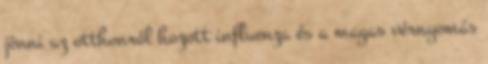
jönni az otthonról hozott influenza és a magas vérnyomás